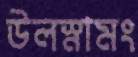
উলস্নামং